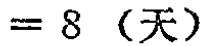
$= 8 \  (\text{天})$